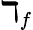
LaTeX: \daleth_{f}